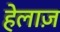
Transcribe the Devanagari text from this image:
हेलाज़